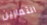
التمارين